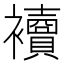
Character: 𧟅